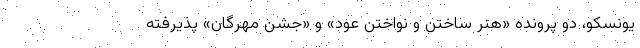
یونسکو، دو پرونده «هنر ساختن و نواختن عود» و «جشن مهرگان» پذیرفته